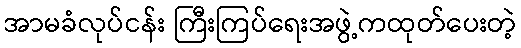
အာမခံလုပ်ငန်း ကြီးကြပ်ရေးအဖွဲ့ကထုတ်ပေးတဲ့